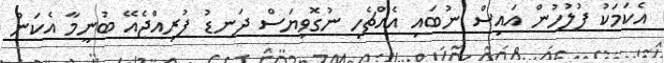
އެކަމަކު ފުލުހުން އައިސް ނުބައި އެއްޗެހި ނުގޮވިޔަސް ދަނޑު ފުރިއްޖެއޭ ބުނީމާ އެކަން